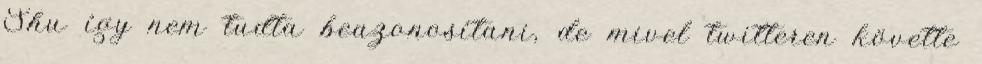
Shu így nem tudta beazonosítani, de mivel twitteren követte